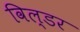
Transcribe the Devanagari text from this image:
विल्डर